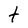
Character: t